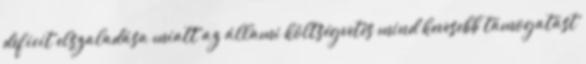
deficit elszaladása miatt az állami költségvetés mind kevesebb támogatást